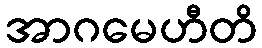
အာဂမေဟီတိ